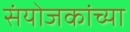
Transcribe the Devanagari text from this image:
संयोजकांच्या